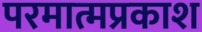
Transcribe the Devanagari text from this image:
परमात्मप्रकाश